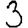
Digit: 3